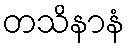
တသိနာနံ